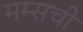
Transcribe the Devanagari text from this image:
मम्सची